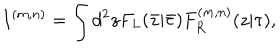
I ^ { ( m , n ) } = \int d ^ { 2 } z F _ { L } ( \bar { z } | \bar { \tau } ) F _ { R } ^ { ( m , n ) } ( z | \tau ) ,